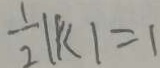
\frac { 1 } { 2 } \vert k \vert = 1